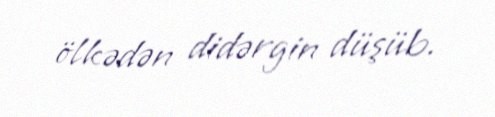
ölkədən didərgin düşüb.